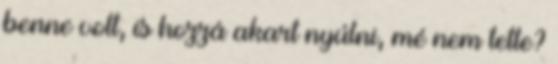
benne volt, is hozzá akart nyúlni, mé nem tette?